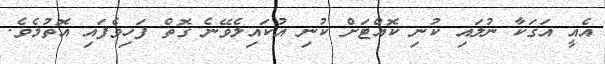
އެއީ އަގަކާ ނުލައި ކުނި ކޮއްޓަށް ކުނި އުކައިލެވޭނެ ގޮތް ފަހިވެފައި އޮތުމެވެ.